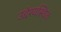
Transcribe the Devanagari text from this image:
उद्देश्यस्थित